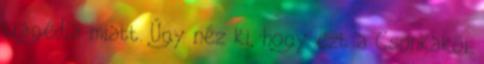
tragédia miatt. Úgy néz ki, hogy ezt a Csonkakõi